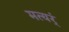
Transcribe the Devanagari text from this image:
मत्यर्ं